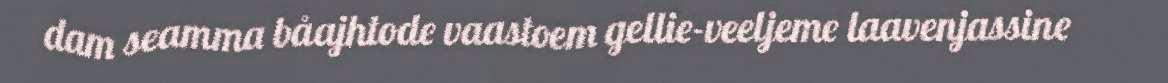
dam seamma båajhtode vaastoem gellie-veeljeme laavenjassine